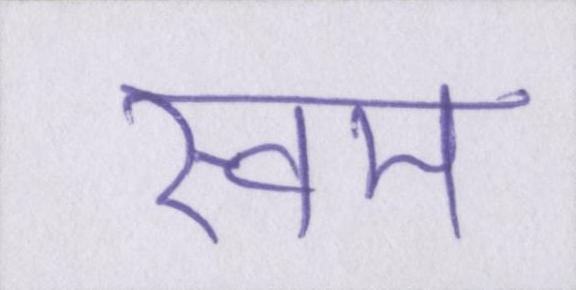
स्वम